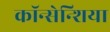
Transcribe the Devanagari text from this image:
कॉन्सेन्शिया